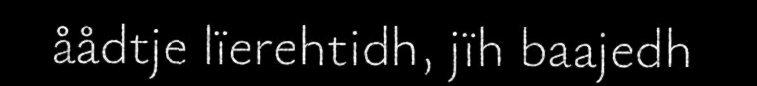
åådtje lïerehtidh, jïh baajedh